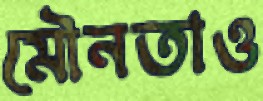
মৌনতাও